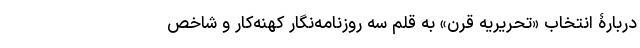
دربارۀ انتخاب «تحریریه قرن» به قلم سه روزنامه‌نگار کهنه‌کار و شاخص